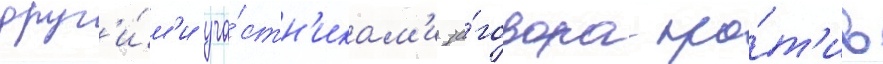
друг'и́м'и уча́стн'икам'и за́говора про́т'ив